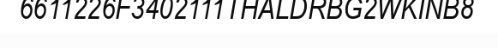
6611226F3402111THALDRBG2WKINB8